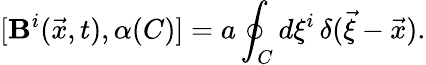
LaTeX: [{\cal\mathbf{B}}^{i}(\vec{{x}},t),\alpha(C)]=a\oint_{C}d\xi^{i}\, \delta(\vec{{\xi}}-\vec{{x}}).